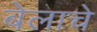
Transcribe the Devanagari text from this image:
बेलाचे